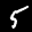
Label: 5